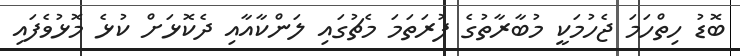
ބޮޑު ހިތްހަމަ ޖެހުމަކީ މުބާރާތުގެ ފުރަތަމަ މެޗުގައި ލަންކާއާއި ދެކޮޅަށް ކުޅެ މޮޅުވެފައި